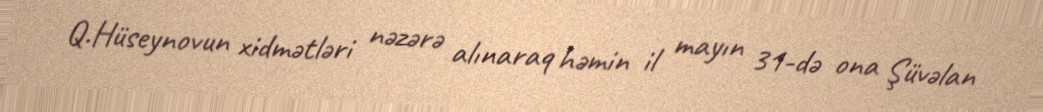
Q.Hüseynovun xidmətləri nəzərə alınaraq həmin il mayın 31-də ona Şüvəlan